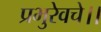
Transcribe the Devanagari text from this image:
प्रभुरेवचे।।